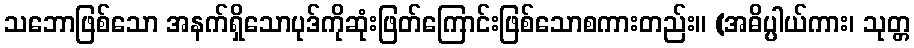
သဘောဖြစ်သော အနက်ရှိသောပုဒ်ကိုဆုံးဖြတ်ကြောင်းဖြစ်သောစကားတည်း။ (အဓိပ္ပါယ်ကား၊ သုတ္တ